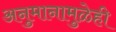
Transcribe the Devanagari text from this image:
अनुमानामुळेही